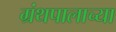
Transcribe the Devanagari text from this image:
ग्रंथपालाच्या